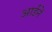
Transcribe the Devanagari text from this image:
आईनें